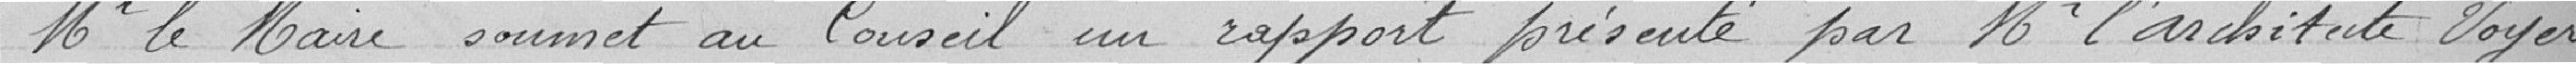
Monsieur le Maire soumet au Conseil un rapport présenté par Mr l'architecte Voyer